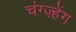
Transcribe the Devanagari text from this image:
चंग्ज़्हेंग